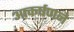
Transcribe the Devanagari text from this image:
आकर्षणने